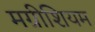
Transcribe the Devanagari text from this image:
मग्नीशियम